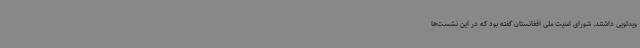
ویدئویی داشتند. شورای امنیت ملی افغانستان گفته بود که در این نشست‌ها